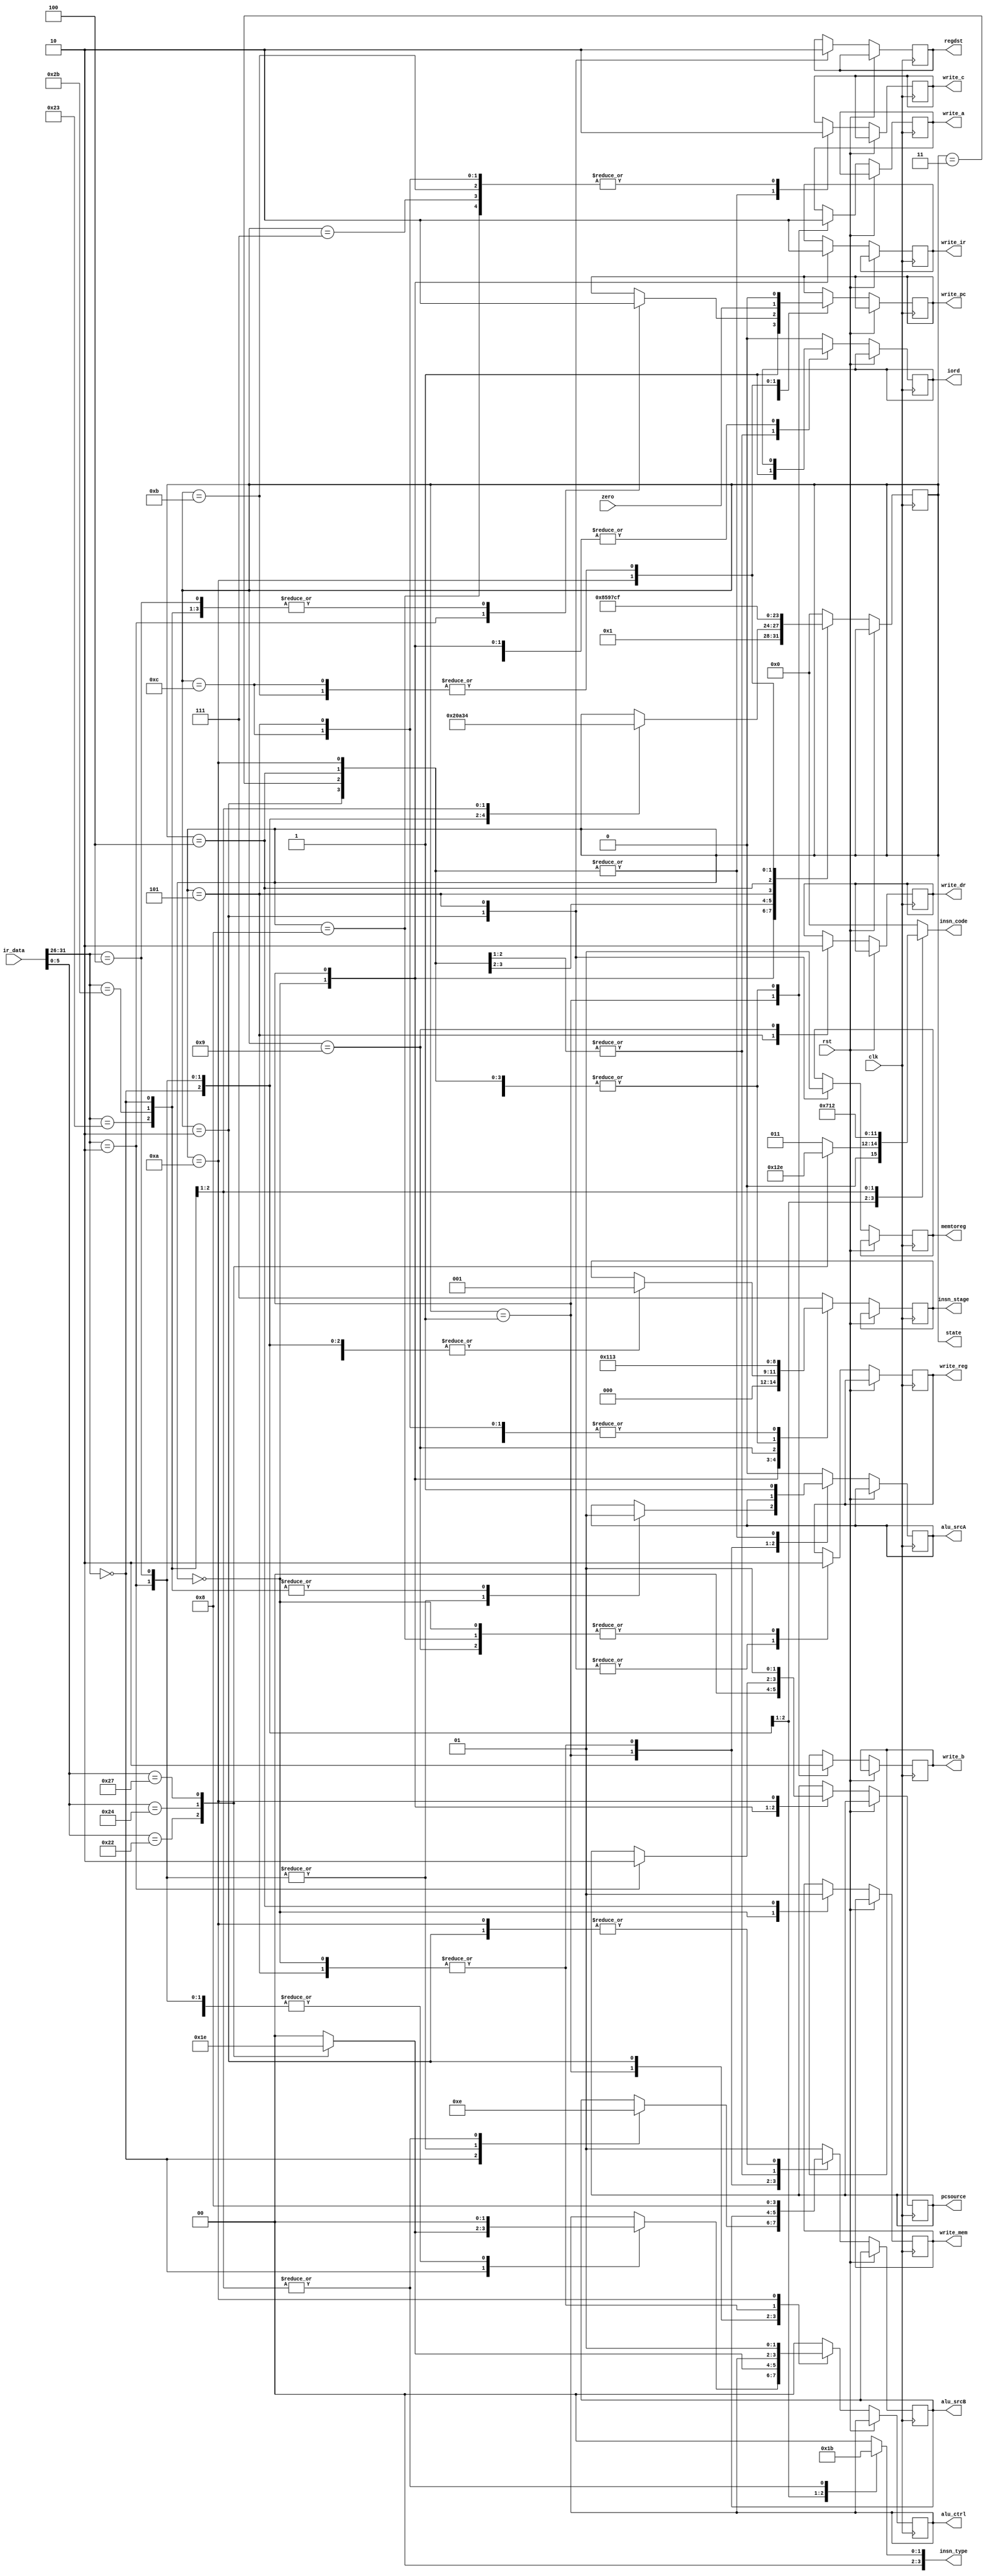
//Controller
module ctrl(clk, rst, ir_data, zero,
	write_pc, iord, write_mem, write_dr, write_ir, memtoreg, regdst, 
	pcsource, write_c, alu_ctrl, alu_srcA, alu_srcB, write_a, write_b, write_reg,
	state, insn_type, insn_code, insn_stage);  

	parameter IF = 4'b0000, ID = 4'b0001, EX_R = 4'b0010, 
		EX_LD = 4'b0011, EX_ST = 4'b0100, MEM_RD = 4'b0101, 
		MEM_ST = 4'b0111, WB_R = 4'b1000, WB_LS = 4'b1001, 
		EX_BEQ = 4'b1010, EX_J = 4'b1011, BR_BEQ = 4'b1100,
		OTHER = 4'b1111;
	
	parameter ADD = 2'b00, SUB = 2'b01, AND = 2'b11, NOR = 2'b10;     						
	parameter LED_IF = 4'b0001, LED_ID = 4'b0010, LED_EX = 4'b0011,
		LED_MEM =4'b0100, LED_WB = 4'b0101;    					
				 
	parameter LED_R = 4'b0001, LED_J = 4'b0010, LED_I = 4'b0011, LED_N = 4'b0000;   		
	parameter LED_LD = 4'b0001, LED_ST = 4'b0010, LED_AD = 4'b0011,
		LED_SU = 4'b0100, LED_AN = 4'b0101, LED_NO = 4'b0110,
		LED_JP = 4'b0111, LED_NI = 4'b0000;  									
	
	parameter STAGE_IF = 3'b000, STAGE_ID = 3'b001, STAGE_EXE = 3'b010,
		STAGE_WB = 3'b100, STAGE_MEM = 3'b011;
	
		// input signals
	input        clk;
	input        rst;
	input [31:0] ir_data;
	input        zero;

	output		  write_pc;
	output        iord;
	output		  write_mem;
	output        write_dr;
	output        write_ir;
	output		  memtoreg;
	output        regdst;
	output [1:0]  pcsource;
	output        write_c;
	output [1:0]  alu_ctrl;
	output		  alu_srcA;
	output [1:0]  alu_srcB;
	output        write_a;
	output        write_b;
	output        write_reg;
	output [3:0]  state;
	output [3:0]  insn_type;
	output [3:0]  insn_code;
	output [2:0]  insn_stage;
	
	reg [3:0]  state;
	reg [3:0]  insn_type;
	reg [3:0]  insn_code;
	reg [2:0]  insn_stage;
	reg		  write_pc;
	reg        iord;
	reg		  write_mem;
	reg        write_dr;
	reg        write_ir;
	reg		  memtoreg;
	reg        regdst;
	reg [1:0]  pcsource;
	reg        write_c;
	reg [1:0]  alu_ctrl;
	reg		  alu_srcA;
	reg [1:0]  alu_srcB;
	reg        write_a;
	reg        write_b;
	reg        write_reg;		  
	
	initial begin
		//state <= OTHER;
		state <= IF;
		
		write_pc <= 1'b0;
		write_mem <= 1'b0;
		write_dr <= 1'b0;
		write_ir <= 1'b0;
		memtoreg <= 1'b0;
		regdst <= 1'b0;
		pcsource <= 2'b00;
		write_c <= 1'b0;
		alu_ctrl <= 2'b00;
		alu_srcA <= 1'b0;
		alu_srcB <= 2'b01;
		write_a <= 1'b0;
		write_b <= 1'b0;
		write_reg <= 1'b0;
	end
	
	always @ (posedge clk or posedge rst)
	begin	
		if (rst == 1)
		begin
			//state <=;  
			//insn_stage <=;
		end
		else 
	   case (state)
			IF: 
			begin
				write_reg <= 1'b0;
				write_mem <= 1'b0;
				
				write_pc <= 1'b1;
				write_ir <= 1'b1;
				pcsource <= 2'b00;
				
				state <= ID;
				insn_stage <= 3'b0;
			end
			
			ID:
			begin
				// write_pc <= 1'b0;
				write_ir <= 1'b0;
				
				write_a <= 1'b1;
				write_b <= 1'b1;
				
				// write_c <= 1'b1;
				case (ir_data[31:26])
					6'b000000: 		// R type insn
					begin
						write_pc <= 1'b0;
						alu_srcA <= 1'b1;
						alu_srcB <= 2'b00;
						case(ir_data[5:0])
							6'b100000: alu_ctrl <= ADD;
							6'b100010: alu_ctrl <= SUB;
							6'b100100: alu_ctrl <= AND;
							6'b100111: alu_ctrl <= NOR;
							default:   alu_ctrl <= ADD;
						endcase
						state <= EX_R;
						insn_stage <= 3'b1;
					end
					6'b000010:    // Jump insn
					begin
						write_pc <= 1'b1;
						alu_srcA <= 1'b0;
						alu_srcB <= 2'b11;
						alu_ctrl <= ADD;

						state <= IF;
						insn_stage <= 3'b1;
						pcsource <= 2'b10;
					end
					6'b000100:    // Beq  insn
					begin
						write_pc <= 1'b0;
						alu_srcA <= 1'b0;
						alu_srcB <= 2'b11;
						alu_ctrl <= ADD;
						
						state <= EX_BEQ;
						insn_stage <= 3'b1;
					end
					6'b100011:   //Load
					begin
						write_pc <= 1'b0;
						alu_srcA <= 1'b1;
						alu_srcB <= 2'b10;
						alu_ctrl <= ADD;
						
						state <= EX_LD;
						insn_stage <= 3'b1;
					end
					6'b101011:   // Store
					begin
						write_pc <= 1'b0;
						alu_srcA <= 1'b1;
						alu_srcB <= 2'b10;
						alu_ctrl <= ADD;
						
						state <= EX_ST;
						insn_stage <= 3'b1;
					end
					default: 
					begin
						//state <=;
						//insn_stage <= ;
					end
				endcase
			end
			
			EX_R:          	// Excution of R-type
			begin
				write_a <= 1'b0;
				write_b <= 1'b0;
				
				alu_srcA <= 1'b1;
				alu_srcB <= 2'b00;
				write_c <= 1'b1;
				case(ir_data[5:0])
					6'b100000: alu_ctrl <= ADD;
					6'b100010: alu_ctrl <= SUB;
					6'b100100: alu_ctrl <= AND;
					6'b100111: alu_ctrl <= NOR;
					default:   alu_ctrl <= ADD;
				endcase
				state <= WB_R;
				insn_stage <= 3'b10;
				
				memtoreg <= 1'b0;
				write_reg <= 1'b1;
				regdst <= 1'b1;				
			end
			
			WB_R:
			begin
				write_c <= 1'b0;
				
				state <= IF;
				insn_stage <= 3'b11;
				iord <= 1'b0;
				alu_srcA <= 1'b0;
				alu_srcB <= 2'b01;
				alu_ctrl <= ADD;
				
				////
				write_reg <= 1'b0;
			end
			
			EX_LD: 
			begin
				write_a <= 1'b0;
				write_b <= 1'b0;
			
		 		iord <= 1'b1; 
				alu_srcA <= 1'b1;
				alu_srcB <= 2'b10;
				alu_ctrl <= ADD;
				write_c <= 1'b1;
				state <= MEM_RD;
				insn_stage <= 3'b10;
			end
			
			MEM_RD:
			begin
			// iord <= 1'b1;
				write_c <= 1'b0;
				
				write_dr <= 1'b1;
				state <= WB_LS;
				insn_stage <= 3'b11;
				
				write_reg <= 1'b1;
				memtoreg <= 1'b1;
				regdst <= 1'b0;
			end
			
			WB_LS:
			begin
				write_dr <= 1'b0;
				
				state <= IF;
				insn_stage <= 3'b100;
				iord <= 1'b0;
				alu_srcA <= 1'b0;
				alu_srcB <= 2'b01;
				alu_ctrl <= ADD;
				
				////
				write_reg <= 1'b0;
				//memtoreg <= 1'b0;
			end
			
			EX_ST:
			begin
				write_a <= 1'b0;
				write_b <= 1'b0;
				
				iord <= 1'b1;
 				alu_srcA <= 1'b1;
				alu_srcB <= 2'b10;
				alu_ctrl <= ADD;
				write_mem <= 1'b1;
								
				write_c <= 1'b1;
				state <= MEM_ST;
				insn_stage <= 3'b10;
			end
			
			MEM_ST:
			begin
		 	//	iord <= 1'b1;
				write_c <= 1'b0;

				state <= IF; 
				insn_stage <= 3'b11;
				iord <= 1'b0;
				alu_srcA <= 1'b0;
				alu_srcB <= 2'b01;
				alu_ctrl <= ADD;
			end
			
			EX_J:
			begin
			   write_a <= 1'b0;
				write_b <= 1'b0;
				write_c <= 1'b0;
				
				write_pc <= 1'b0;
				// pcsource <= 2'b00;
				
				state <= OTHER; 
				insn_stage <= 3'b10;
				
				alu_srcA <= 1'b0;
				alu_srcB <= 2'b01;
				alu_ctrl <= ADD;
			end
			
			EX_BEQ:
			begin
				write_a <= 1'b0;
				write_b <= 1'b0;
				write_c <= 1'b1;
				
				write_pc <= zero;
				pcsource <= 2'b01;
				
				alu_srcA <= 1'b1; 
				alu_srcB <= 2'b00;
				alu_ctrl <= SUB;
				
				state <= BR_BEQ; 
				insn_stage <= 3'b10;
			end
			
			BR_BEQ:
			begin
				write_pc <= 1'b0;
				write_c <= 1'b0;
				
				alu_srcA <= 1'b0;
				alu_srcB <= 2'b01;
				alu_ctrl <= ADD;
				iord <= 1'b0;
				
				state <= OTHER; 
				insn_stage <= 3'b11;
			end
			default: 
			begin
				state <= IF;
				insn_stage <= 3'b111;
				
				iord <= 1'b0;
				alu_srcA <= 1'b0;
				alu_srcB <= 2'b01;
				alu_ctrl <= ADD;
			end
		endcase
	end
					
	always @ (ir_data)
		case (ir_data[31:26])
			6'b000000: 	// R type insn
			begin
			case(ir_data[5:0])
			6'b100000: insn_code <= LED_AD;
			6'b100010: insn_code <= LED_SU;
			6'b100100: insn_code <= LED_AN;
			6'b100111: insn_code <= LED_NO;
			default:   insn_code <= LED_AD;
			endcase
			insn_type <= LED_R;
			end
			6'b000010:   // Jump insn
			begin
				insn_code <= LED_JP;
				insn_type <= LED_J;
			end
			6'b100011:   //Load
			begin
				insn_code <= LED_LD;
				insn_type <= LED_I;
			end
			6'b101011:   // Store
			begin
				insn_code <= LED_ST;
				insn_type <= LED_I;
			end
			default: 
			begin
				insn_type <= LED_N;
				insn_code <= LED_NI;
			end
		endcase
endmodule